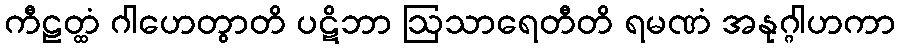
ကီဠတ္ထံ ဂါဟေတွာတိ ပဋိဘာ ဩသာရေတီတိ ရမဏံ အနုဂ္ဂါဟကာ